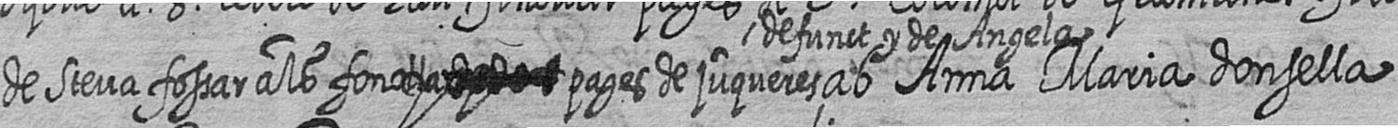
de Steva fossar als fonolla # pages de juqueres defunct y de Angela ab Anna Maria donsella